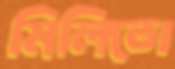
মিলিতো